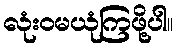
လုံးဝမယုံကြဖို့ပါ။